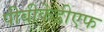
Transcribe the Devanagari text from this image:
पीबीकेडीएफ